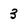
Character: 3